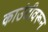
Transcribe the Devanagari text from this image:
काउंटीवरून